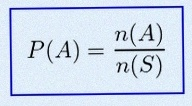
P(A)=\frac{n(A)}{n(S)}